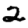
Digit: 2